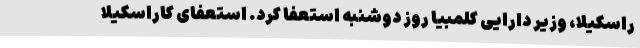
راسکیلا، وزیر دارایی کلمبیا روز دوشنبه استعفا کرد. استعفای کاراسکیلا